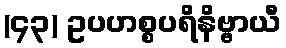
(၄၃) ဥပဟစ္စပရိနိဗ္ဗာယီ